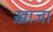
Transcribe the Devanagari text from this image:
ख़ाजा